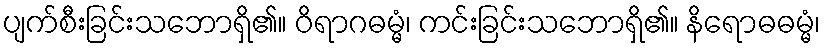
ပျက်စီးခြင်းသဘောရှိ၏။ ဝိရာဂဓမ္မံ၊ ကင်းခြင်းသဘောရှိ၏။ နိရောဓဓမ္မံ၊